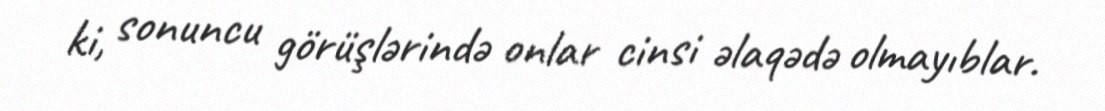
ki, sonuncu görüşlərində onlar cinsi əlaqədə olmayıblar.